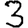
Digit: 3